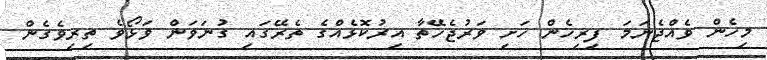
މިހެން ވެއްޖެނަމަ ފިރިހެން ހަށި ވަރުޖެހޭތާ އިރުކޮޅެއްގެ ތެރޭގައި ގުނަވަން ވަޅޯވެ ތިރިވެގެން